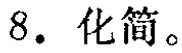
8. 化简。